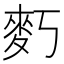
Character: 𪋽